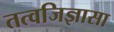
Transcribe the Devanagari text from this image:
तत्वजिज्ञासा